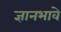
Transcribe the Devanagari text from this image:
ज्ञानभावे